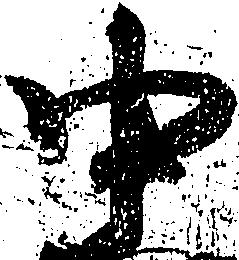
中